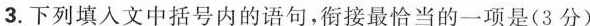
3.下列填入文中括号内的语句，衔接最恰当的一项是(3分)